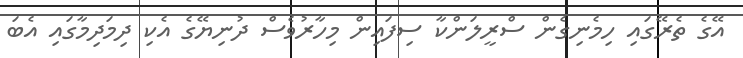
އޭގެ ތެރޭގައި ހިމެނިގެން ސްރީލަންކާ ސިފައިން މިހާރުވެސް ދުނިޔޭގެ އެކި ދިމަދިމާގައި އެބަ